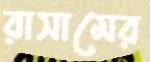
রাসামের